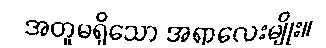
အတူမရှိသော အရာလေးမျိုး။